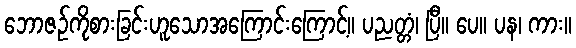
ဘောဇဉ်ကိုစားခြင်းဟူသောအကြောင်းကြောင့်။ ပညတ္တံ၊ ပြီ။ ပေ။ ပန၊ ကား။